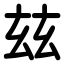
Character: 玆